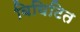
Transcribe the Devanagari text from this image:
विघिटित